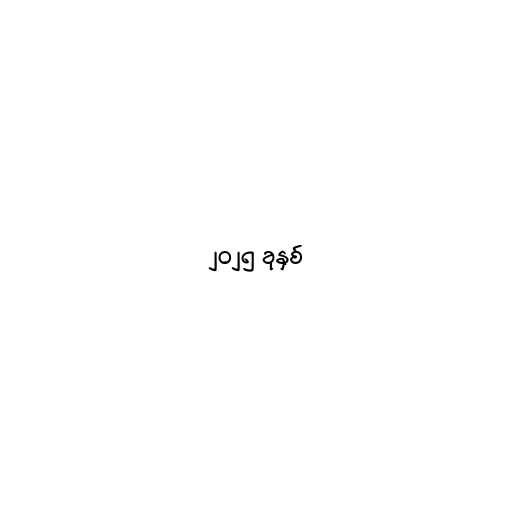
၂၀၂၅ ခုနှစ်